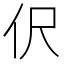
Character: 伬